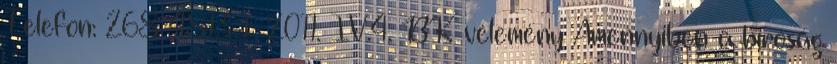
Telefon: 268-4813 1 2011. IV.4. BK vélemény Amennyiben a bíróság